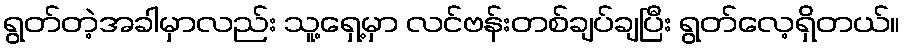
ရွတ်တဲ့အခါမှာလည်း သူ့ရှေ့မှာ လင်ဗန်းတစ်ချပ်ချပြီး ရွတ်လေ့ရှိတယ်။